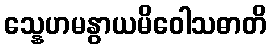
သ္နေဟမနွာယမိဝေါသဓာတိ